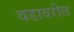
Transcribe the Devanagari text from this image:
वडावरील